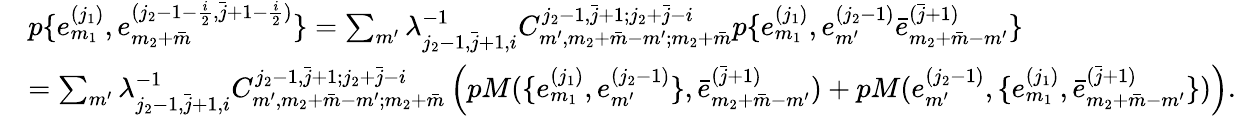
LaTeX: \begin{array}{rl}&{p\{ e_{m_{1}}^{(j_{1})},e_{m_{2}+\bar{m}}^{(j_{2}-1-\frac{i}{2},\bar{j}+1-\frac{i}{2})}\} =\sum_{m^{\prime}}\lambda_{j_{2}-1,\bar{j}+1,i}^{-1}C_{m^{\prime},m_{2}+\bar{m}-m^{\prime};m_{2}+\bar{m}}^{j_{2}-1,\bar{j}+1;j_{2}+\bar{j}-i}p\{ e_{m_{1}}^{(j_{1})},e_{m^{\prime}}^{(j_{2}-1)}\bar{e}_{m_{2}+\bar{m}-m^{\prime}}^{(\bar{j}+1)}\} }\\ &{=\sum_{m^{\prime}}\lambda_{j_{2}-1,\bar{j}+1,i}^{-1}C_{m^{\prime},m_{2}+\bar{m}-m^{\prime};m_{2}+\bar{m}}^{j_{2}-1,\bar{j}+1;j_{2}+\bar{j}-i}\left(pM(\{ e_{m_{1}}^{(j_{1})},e_{m^{\prime}}^{(j_{2}-1)}\} ,\bar{e}_{m_{2}+\bar{m}-m^{\prime}}^{(\bar{j}+1)})+pM(e_{m^{\prime}}^{(j_{2}-1)},\{ e_{m_{1}}^{(j_{1})},\bar{e}_{m_{2}+\bar{m}-m^{\prime}}^{(\bar{j}+1)}\} )\right).}\end{array}